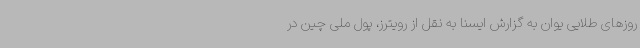
روزهای طلایی یوان به گزارش ایسنا به نقل از رویترز، پول ملی چین در